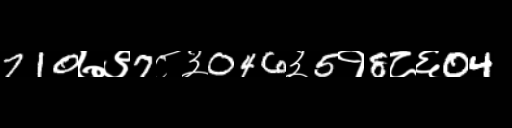
Text: 710७९7८३046३5१8८६04